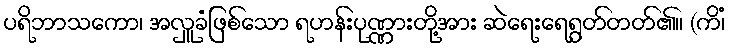
ပရိဘာသကော၊ အလှူခံဖြစ်သော ရဟန်းပုဏ္ဏားတို့အား ဆဲရေးရေရွတ်တတ်၏။ (ကိံ၊